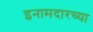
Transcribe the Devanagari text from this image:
इनामदारच्या